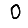
Digit: 0